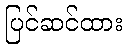
ပြင်ဆင်ထား